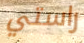
راستي